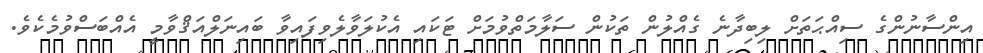
އިންސާނުންގެ ސިއްޙަތަށް ލިބިދާނެ ގެއްލުން ތަކުން ސަލާމަތްވުމަށް ޓަކައި އެކުލަވާލެވިފައިވާ ބައިނަލްއަޤްވާމީ އެއްބަސްވުމެކެވެ.